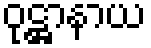
ဝုဋ္ဌာနာယ